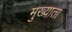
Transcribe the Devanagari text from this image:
मुख्याता